Report on sanitation, dispensaries, and jails in Rajputana for 1915, and on vaccination for the year 1915-1916 - 1915-1916
Year: 1915
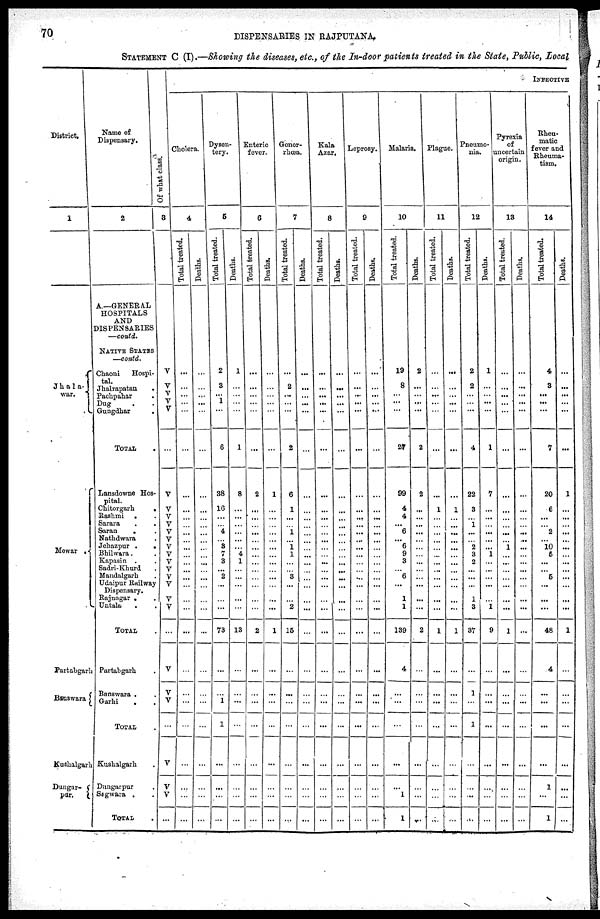
70
DISPENSARIES IN RAJPUTANA.
STATEMENT C (I).—Showing the diseases, etc., of the In-door patients treated in the State, Public, Local
District.
1
Jha1a-
war.
Mewar .
Partabgarh
Banswara
Kushalgarh
Dungar-
pur.
Name of
Dispensary.
2
A.—GENERAL
HOSPITALS
AND
DISPENSARIES
—contd.
NATIVE STATES
—contd.
Chaoni
Hospi-
tal.
Jhalrapatan .
Pachpahar .
Dug . .
Gungdhar .
TOTAL .
Lansdowne Hos-
pital.
Chitorgarh
.
Rashmi . .
Sarara . .
Saran
. .
Nathdwara .
Jehazpur .
.
Bhilwara . .
Kapasin . .
Sadri-Khurd .
Mandalgarh .
Udaipur Railway
Dispensary.
Rajnagar . .
Untala . .
TOTAL .
Partabgarh .
Banswara . .
Garhi
. .
TOTAL .
Kushalgarh .
Dungarpur .
Sigwara . .
TOTAL .
Of what class.
3
V
V
V
V
V
...
V
V
V
V
V
V
V
V
V
V
V
V
V
V
...
V
V
V
...
V
V
V
...
INFECTIVE
Cholera.
4
Total treated.
...
...
...
...
...
...
...
...
...
...
...
...
...
...
...
...
...
...
...
...
...
...
...
...
...
...
...
...
...
Deaths.
...
...
...
...
...
...
...
...
...
...
...
...
...
...
...
...
...
...
...
...
...
...
...
...
...
...
...
...
...
Dysen-
tery.
5
Total treated.
2
3
1
...
...
6
38
16
...
...
4
...
3
7
3
...
2
...
...
...
73
...
...
1
1
...
...
...
...
Deaths.
1
...
...
...
...
1
8
...
...
...
...
...
...
4
1
...
...
...
...
...
13
...
...
...
...
...
...
...
...
Enteric
fever.
6
Total treated.
...
...
...
...
...
...
2
...
...
...
...
...
...
...
...
...
...
...
...
...
2
...
...
...
...
...
...
...
...
Deaths.
...
...
...
...
...
...
1
...
...
...
...
...
...
...
...
...
...
...
...
...
1
...
...
...
...
...
...
...
...
Gonor-
rhœa.
7
Total treated.
...
2
...
...
...
2
6
1
...
...
1
...
1
1
...
... 3
...
...
2
15
...
...
...
...
...
...
...
...
Deaths.
...
...
...
...
...
...
...
...
...
...
...
...
...
...
...
...
...
...
...
...
...
...
...
...
...
...
...
...
...
Kala
Azar.
8
Total treated.
...
...
...
...
...
...
...
...
...
...
...
...
...
...
...
...
...
...
...
...
...
...
...
...
...
...
...
...
...
Deaths.
...
...
...
...
...
...
...
...
...
...
...
...
...
...
...
...
...
...
...
...
...
...
...
...
...
...
...
...
...
Leprosy.
9
Total treated.
...
...
...
...
...
...
...
...
...
...
...
...
...
...
...
...
...
...
...
...
...
...
...
...
...
...
...
...
...
Deaths.
...
...
...
...
...
...
...
...
...
...
...
...
...
...
...
...
...
...
...
...
...
...
...
...
...
...
...
...
...
Malaria.
10
Total treated.
19
8
...
...
...
27
99
4
4
...
6
...
6
9
3
... 6
...
1
1
139
4
...
...
...
...
...
1
1
Deaths.
2
...
...
...
...
2
2
...
...
...
...
...
...
...
...
...
...
...
...
...
2
...
...
...
...
...
...
...
...
Plague.
11
Total treated.
...
...
...
...
...
...
...
1
...
...
...
...
...
...
...
...
...
...
...
...
1
...
...
...
...
...
...
...
...
Deaths.
...
...
...
...
...
...
...
1
...
...
...
...
...
...
...
...
...
...
...
...
1
...
...
...
...
...
...
...
...
Pneumo-
nia.
12
Total treated.
2
2
...
...
...
4
22
3
... 1
...
...
2
3
2
...
...
...
1
3
37
...
1
...
1
...
...
...
...
Deaths.
1
...
...
...
...
1
7
...
...
...
...
...
...
1
...
...
...
...
...
1
9
...
...
...
...
...
...
...
...
Pyrexia
of
uncertain
origin.
13
Total treated.
...
...
...
...
...
...
...
...
...
...
...
...
1
...
...
...
...
...
...
...
1
...
...
...
...
...
...
...
...
Deaths.
...
...
...
...
...
...
...
...
...
...
...
...
...
...
...
...
...
...
...
...
...
...
...
...
...
...
...
...
...
Rheu-
matic
fever and
Rheuma-
tism.
14
Total treated.
4
3
...
...
...
7
20
6
...
...
2
...
10
5
...
... 5
...
...
...
48
4
...
...
...
...
1
...
1
Deaths.
...
...
...
...
...
...
1
...
...
...
...
...
...
...
...
...
...
...
...
...
1
...
...
...
...
...
...
...
...